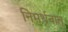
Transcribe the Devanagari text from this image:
निमर्थनात्